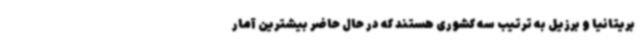
بریتانیا و برزیل به ترتیب سه کشوری هستند که در حال حاضر بیشترین آمار